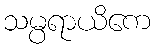
သမ္ပရာယိကေ